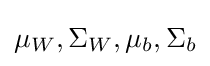
\mu _{W},\Sigma _{W},\mu _{b},\Sigma _{b}